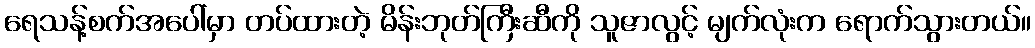
ရေသန့်စက်အပေါ်မှာ တပ်ထားတဲ့ မိန်းဘုတ်ကြီးဆီကို သူဇာလွင့် မျက်လုံးက ရောက်သွားတယ်။